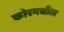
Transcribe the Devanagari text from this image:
कोरमधील